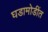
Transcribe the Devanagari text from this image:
घडामोडींत